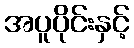
အပူပိုင်းနှင့်